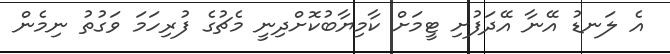
އެ ލަނޑު އޭނާ އޭދަފުށި ޓީމަށް ކާމިޔާބުކޮށްދިނީ މެޗުގެ ފުރިހަމަ ވަގުތު ނިމެން